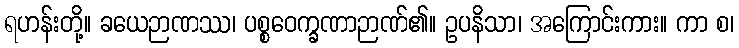
ရဟန်းတို့။ ခယေဉာဏဿ၊ ပစ္စဝေက္ခဏာဉာဏ်၏။ ဥပနိသာ၊ အကြောင်းကား။ ကာ စ၊